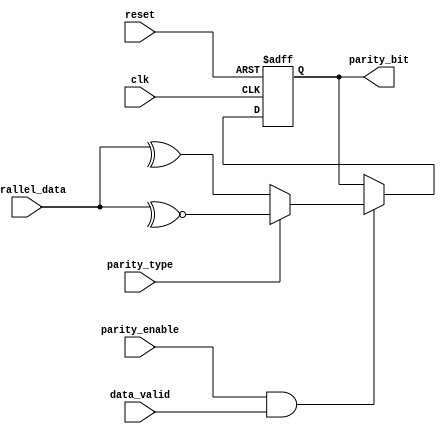
module parity_calculator # (
    parameter DATA_WIDTH = 8
)
(
    input clk,
    input reset,
    input parity_type,
    input parity_enable,
    input data_valid,
    input [DATA_WIDTH - 1:0] parallel_data,
    
    output reg parity_bit
);


    always @(posedge clk or negedge reset) begin
        if (~reset) begin
            parity_bit <= 1'b0;
        end
        else if (parity_enable && data_valid) begin
            if (parity_type) begin
                // Odd parity
                parity_bit <= ~^parallel_data;
            end
            else begin
                // Even parity
                parity_bit <= ^parallel_data;
            end
        end
    end

endmodule